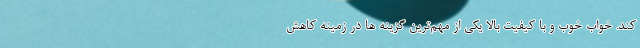
کند. خواب خوب و با کیفیت بالا یکی از مهم‌ترین گزینه ها در زمینه کاهش